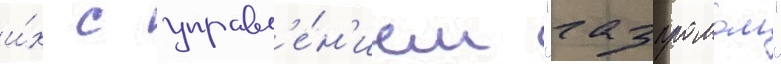
и́х с управл'е́н'ием "газпромом"